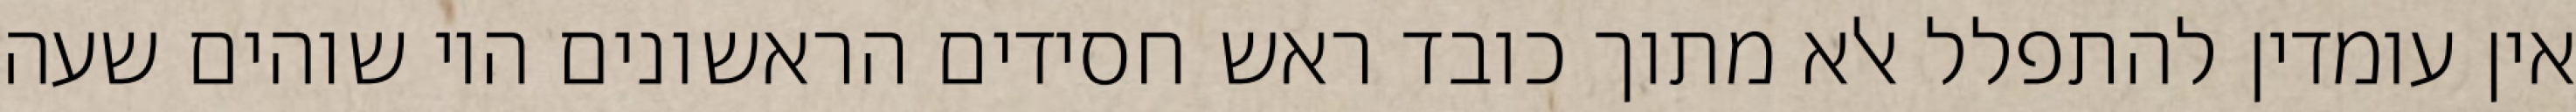
אין עומדין להתפלל אלא מתוך כובד ראש חסידים הראשונים היו שוהים שעה